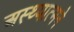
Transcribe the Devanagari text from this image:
अस्थ्यात्मने